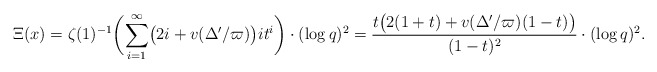
\begin{align*} \Xi(x) = \zeta(1)^{-1}\biggl(\sum_{i=1}^\infty\bigl(2i+v(\Delta'/\varpi)\bigr)it^i\biggr)\cdot (\log q)^2 = \frac{t \bigl(2 (1+ t) + v(\Delta'/\varpi)(1- t)\bigr)}{(1 - t)^2}\cdot (\log q)^2.\end{align*}